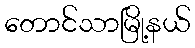
တောင်သာမြို့နယ်